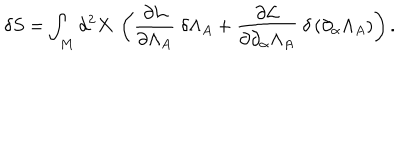
LaTeX: \delta S = \int _ { M } d ^ { 2 } X \mathrm { ~ } \left( \frac { \partial { \cal L } } { \partial \Lambda _ { A } } \mathrm { ~ } \delta \Lambda _ { A } + \frac { \partial { \cal L } } { \partial \partial _ { \alpha } \Lambda _ { A } } \mathrm { ~ } \delta \left( \partial _ { \alpha } \Lambda _ { A } \right) \right) \mathrm { . }